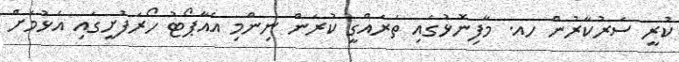
ކުރީ ސަރުކާރުން ހއ. މާފިނޮޅުގައި ތަރައްގީ ކުރަން ނިންމި އެއާޕޯޓު ހޯރަފުށީގައި އެޅުމަށް